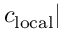
c _ { \mathrm { l o c a l } } |